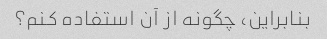
بنابراین، چگونه از آن استفاده کنم؟